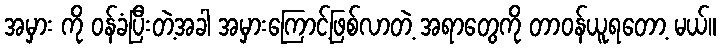
အမှား ကို ဝန်ခံပြီးတဲ့အခါ အမှားကြောင့်ဖြစ်လာတဲ့ အရာတွေကို တာဝန်ယူရတော့ မယ်။